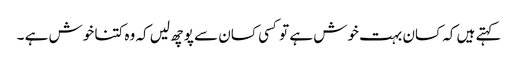
کہتے ہیں کہ کسان بہت خوش ہے تو کسی کسان سے پوچھ لیں کہ وہ کتنا خوش ہے ۔